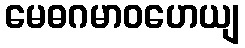
မေဓဂမာဝဟေယျ